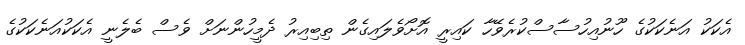
އެކަކު އަނެކަކުގެ ހޫނުއިހުސާސްކުރެވޭހާ ކައިރީ އޮށޯވެލައިގެން ތިބިއިރު ދެމީހުންނަށް ވެސް ބެލެނީ އެކަކުއަނެކަކުގެ